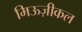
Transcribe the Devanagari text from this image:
मिऊज़ीकल